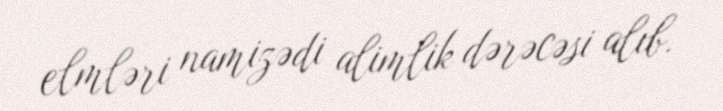
elmləri namizədi alimlik dərəcəsi alıb.